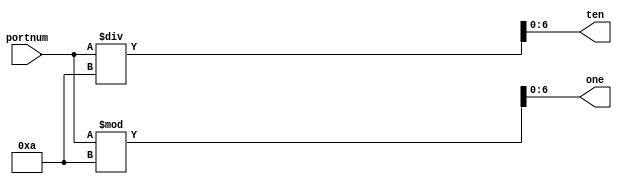
module out_port_seg(portnum, ten, one);
	input [31:0] portnum;
	output [6:0] ten, one;
	assign ten = portnum / 10;
	assign one = portnum % 10;
endmodule